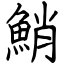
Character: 鮹